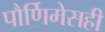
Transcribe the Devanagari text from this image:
पौर्णिमेसही